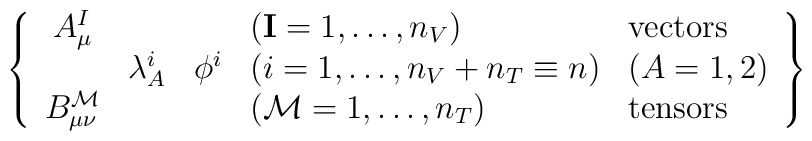
\left\{ \begin{array}{cccll}    A^{I}_\mu & \null & \null & (\mathbf{I}=1,\dots,n_V) & \mbox{vectors} \\    \null & \lambda^i_A & \phi^i & (i=1,\dots,n_V+n_T \equiv n) & (A=1,2) \\    B^\mathcal{M}_{\mu \nu } & \null & \null &(\mathcal{M}=1,\dots,n_T)&  \mbox{tensors} \  \end{array} \right\}